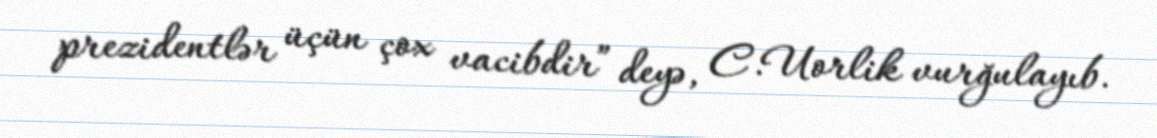
prezidentlər üçün çox vacibdir” deyə, C.Uorlik vurğulayıb.